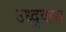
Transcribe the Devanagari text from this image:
उध्द्वस्त